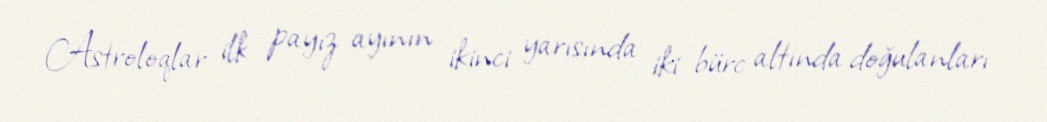
Astroloqlar ilk payız ayının ikinci yarısında iki bürc altında doğulanları